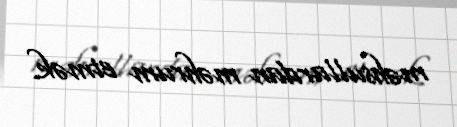
məhsullardan məhrum etmək.